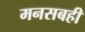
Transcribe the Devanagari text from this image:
मनसबही